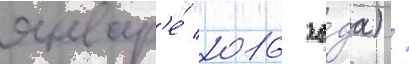
январ'е́ 2016 го́да) /